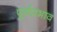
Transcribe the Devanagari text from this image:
पूर्वप्रभाव